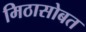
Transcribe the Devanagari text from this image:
मिठासोबत